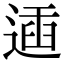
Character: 𨔨